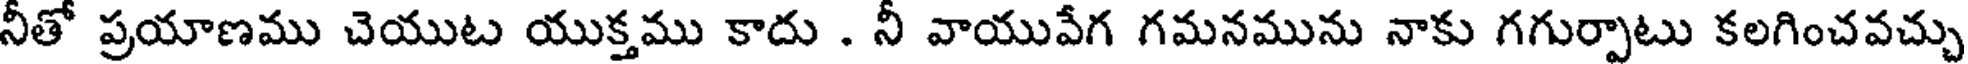
నీతో ప్రయాణము చెయుట యుక్తము కాదు . నీ వాయువేగ గమనమును నాకు గగుర్పాటు కలగించవచ్చు